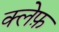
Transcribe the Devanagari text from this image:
क्लेफ़